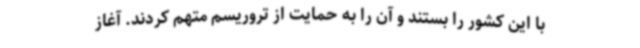
با این کشور را بستند و آن را به حمایت از تروریسم متهم کردند. آغاز